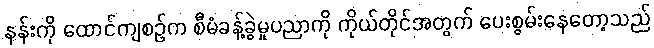
နန်းကို ထောင်ကျစဉ်က စီမံခန့်ခွဲမှုပညာကို ကိုယ်တိုင်အတွက် ပေးစွမ်းနေတော့သည်